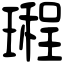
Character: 𤩏